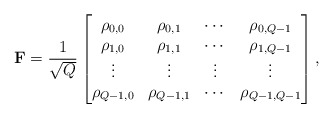
\begin{align*} {\mathbf F} = \frac{1}{\sqrt{Q}}\begin{bmatrix}\rho_{0,0} &\rho_{0,1} & \cdots & \rho_{0,Q-1} \\\rho_{1,0} & \rho_{1,1} & \cdots & \rho_{1,Q-1} \\ \vdots & \vdots & \vdots & \vdots \\ \rho_{Q-1,0} & \rho_{Q-1,1} & \cdots & \rho_{Q-1,Q-1} \end{bmatrix},\end{align*}